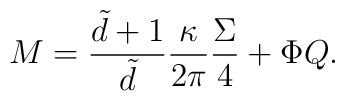
M=\frac{\tilde{d}+1}{\tilde{d}}\frac{\kappa}{2\pi}\frac{\Sigma}{4}+\Phi Q.